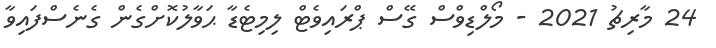
24 މާރިޗު 2021 - މޯލްޑިވްސް ގޭސް ޕްރައިވެޓް ލިމިޓެޑާ ޙަވާލުކޮށްގެން ގެނެސްފައިވާ